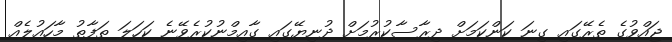
ޖައްވުގެ ތެރޭގައި ގިނަ ކަންކަމަށް ދިރާސާކުރުމަށް ދުނިޔޭގައި ގާއިމްނުކުރެވޭނެ ކަހަލަ ތަފާތު މާހައުލެއް